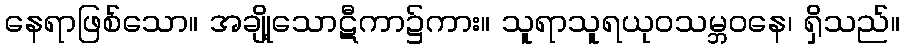
နေရာဖြစ်သော။ အချို့သောဋီကာ၌ကား။ သူရာသူရယုဝသမ္ဘဝနေ၊ ရှိသည်။